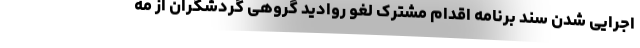
اجرایی شدن سند برنامه اقدام مشترک لغو روادید گروهی گردشگران از مه